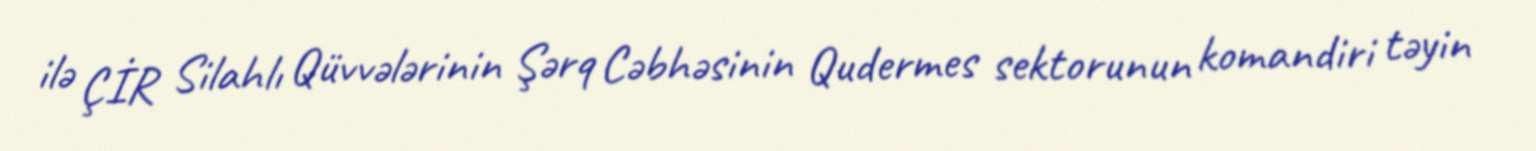
ilə ÇİR Silahlı Qüvvələrinin Şərq Cəbhəsinin Qudermes sektorunun komandiri təyin